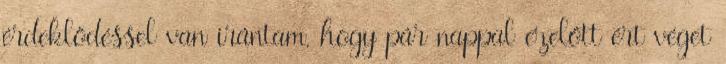
érdeklődéssel van irántam, hogy pár nappal ezelőtt ért véget